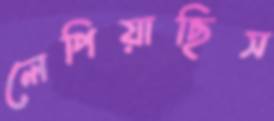
লেপিয়াছিস